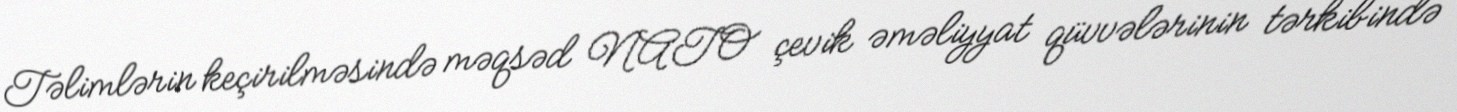
Təlimlərin keçirilməsində məqsəd NATO çevik əməliyyat qüvvələrinin tərkibində